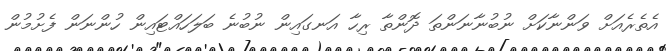
އެތެރެއަށް ވަންނާކަށް ނުބުނާނަންތަ ދޮންތާ ރިހާ އަނގައިން ނުބުނެ ބަލަހައްޓައިން ހުންނަން ފެށުމުން